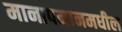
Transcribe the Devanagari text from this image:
मानापमानमधील